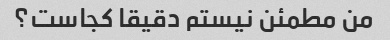
من مطمئن نیستم دقیقا کجاست؟